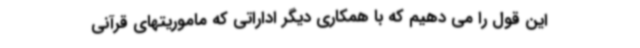
این قول را می دهیم که با همکاری دیگر اداراتی که ماموریتهای قرآنی